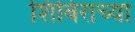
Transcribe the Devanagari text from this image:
शिबिराच्या